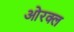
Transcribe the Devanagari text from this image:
ओरक्ल